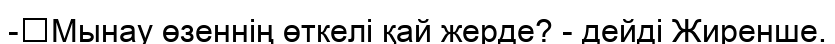
-	Мынау өзеннің өткелі қай жерде? - дейді Жиренше.